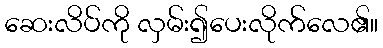
ဆေးလိပ်ကို လှမ်း၍ပေးလိုက်လေ၏။